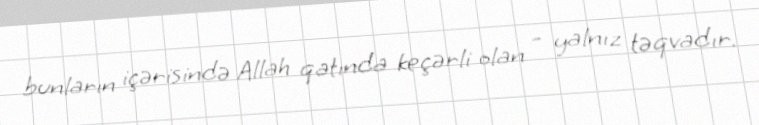
bunların içərisində Allah qatında keçərli olan – yalnız təqvadır.